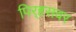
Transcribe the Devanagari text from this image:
पिर्‍हसवर